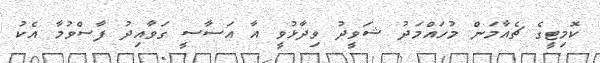
ކޮމިޓީގެ ޗެއާމަން މުހައްމަދު ޝަވީދު ވިދާޅުވީ އާ އަސާސީ ގަވާއިދު ފާސްވުމާ އެކު